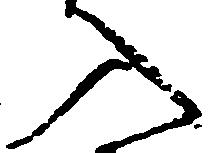
入